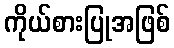
ကိုယ်စားပြုအဖြစ်